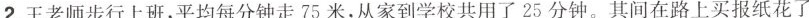
2.王老师步行上班，平均每分钟走75米，从家到学校共用了25分钟。其间在路上买报纸花了